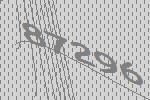
87296